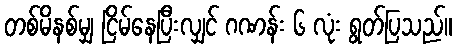
တစ်မိနစ်မျှ ငြိမ်နေပြီးလျှင် ဂဏန်း ၆ လုံး ရွတ်ပြသည်။